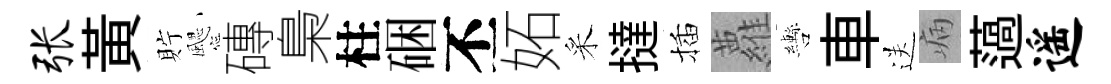
张黃貯颸磚梟柱硱丕妬采撻插蘿轡車送病薖遥